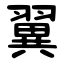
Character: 翼